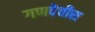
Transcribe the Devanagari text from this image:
गणदेवीस